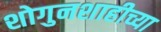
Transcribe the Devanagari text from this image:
शोगुनशाहीच्या